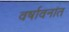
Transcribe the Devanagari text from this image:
वर्षावनांत